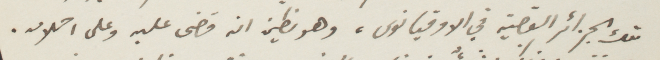
معك الجزائر القصية في الاوقيانوس، وهو بظن ان قضى عليه وعلى احلامه.